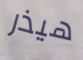
هيذر